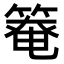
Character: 𫂑